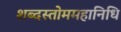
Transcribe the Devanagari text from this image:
शब्दस्तोममहानिधि